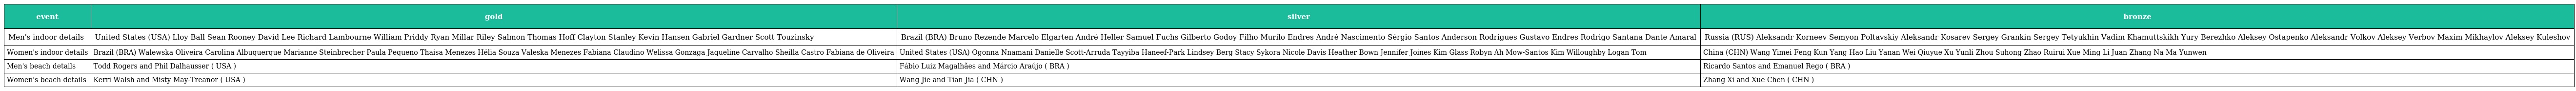
| event | gold | silver | bronze |
 | --- | --- | --- | --- |
 | Men's indoor details | United States (USA) Lloy Ball Sean Rooney David Lee Richard Lambourne William Priddy Ryan Millar Riley Salmon Thomas Hoff Clayton Stanley Kevin Hansen Gabriel Gardner Scott Touzinsky | Brazil (BRA) Bruno Rezende Marcelo Elgarten André Heller Samuel Fuchs Gilberto Godoy Filho Murilo Endres André Nascimento Sérgio Santos Anderson Rodrigues Gustavo Endres Rodrigo Santana Dante Amaral | Russia (RUS) Aleksandr Korneev Semyon Poltavskiy Aleksandr Kosarev Sergey Grankin Sergey Tetyukhin Vadim Khamuttskikh Yury Berezhko Aleksey Ostapenko Aleksandr Volkov Aleksey Verbov Maxim Mikhaylov Aleksey Kuleshov |
 | Women's indoor details | Brazil (BRA) Walewska Oliveira Carolina Albuquerque Marianne Steinbrecher Paula Pequeno Thaisa Menezes Hélia Souza Valeska Menezes Fabiana Claudino Welissa Gonzaga Jaqueline Carvalho Sheilla Castro Fabiana de Oliveira | United States (USA) Ogonna Nnamani Danielle Scott-Arruda Tayyiba Haneef-Park Lindsey Berg Stacy Sykora Nicole Davis Heather Bown Jennifer Joines Kim Glass Robyn Ah Mow-Santos Kim Willoughby Logan Tom | China (CHN) Wang Yimei Feng Kun Yang Hao Liu Yanan Wei Qiuyue Xu Yunli Zhou Suhong Zhao Ruirui Xue Ming Li Juan Zhang Na Ma Yunwen |
 | Men's beach details | Todd Rogers and Phil Dalhausser ( USA ) | Fábio Luiz Magalhães and Márcio Araújo ( BRA ) | Ricardo Santos and Emanuel Rego ( BRA ) |
 | Women's beach details | Kerri Walsh and Misty May-Treanor ( USA ) | Wang Jie and Tian Jia ( CHN ) | Zhang Xi and Xue Chen ( CHN ) |